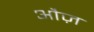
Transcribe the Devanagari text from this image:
औज़